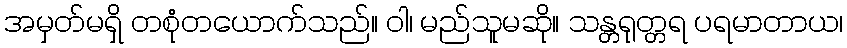
အမှတ်မရှိ တစုံတယောက်သည်။ ဝါ၊ မည်သူမဆို။ သန္တရုတ္တရ ပရမာတာယ၊